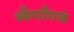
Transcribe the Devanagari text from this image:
व्हँगाँगचं